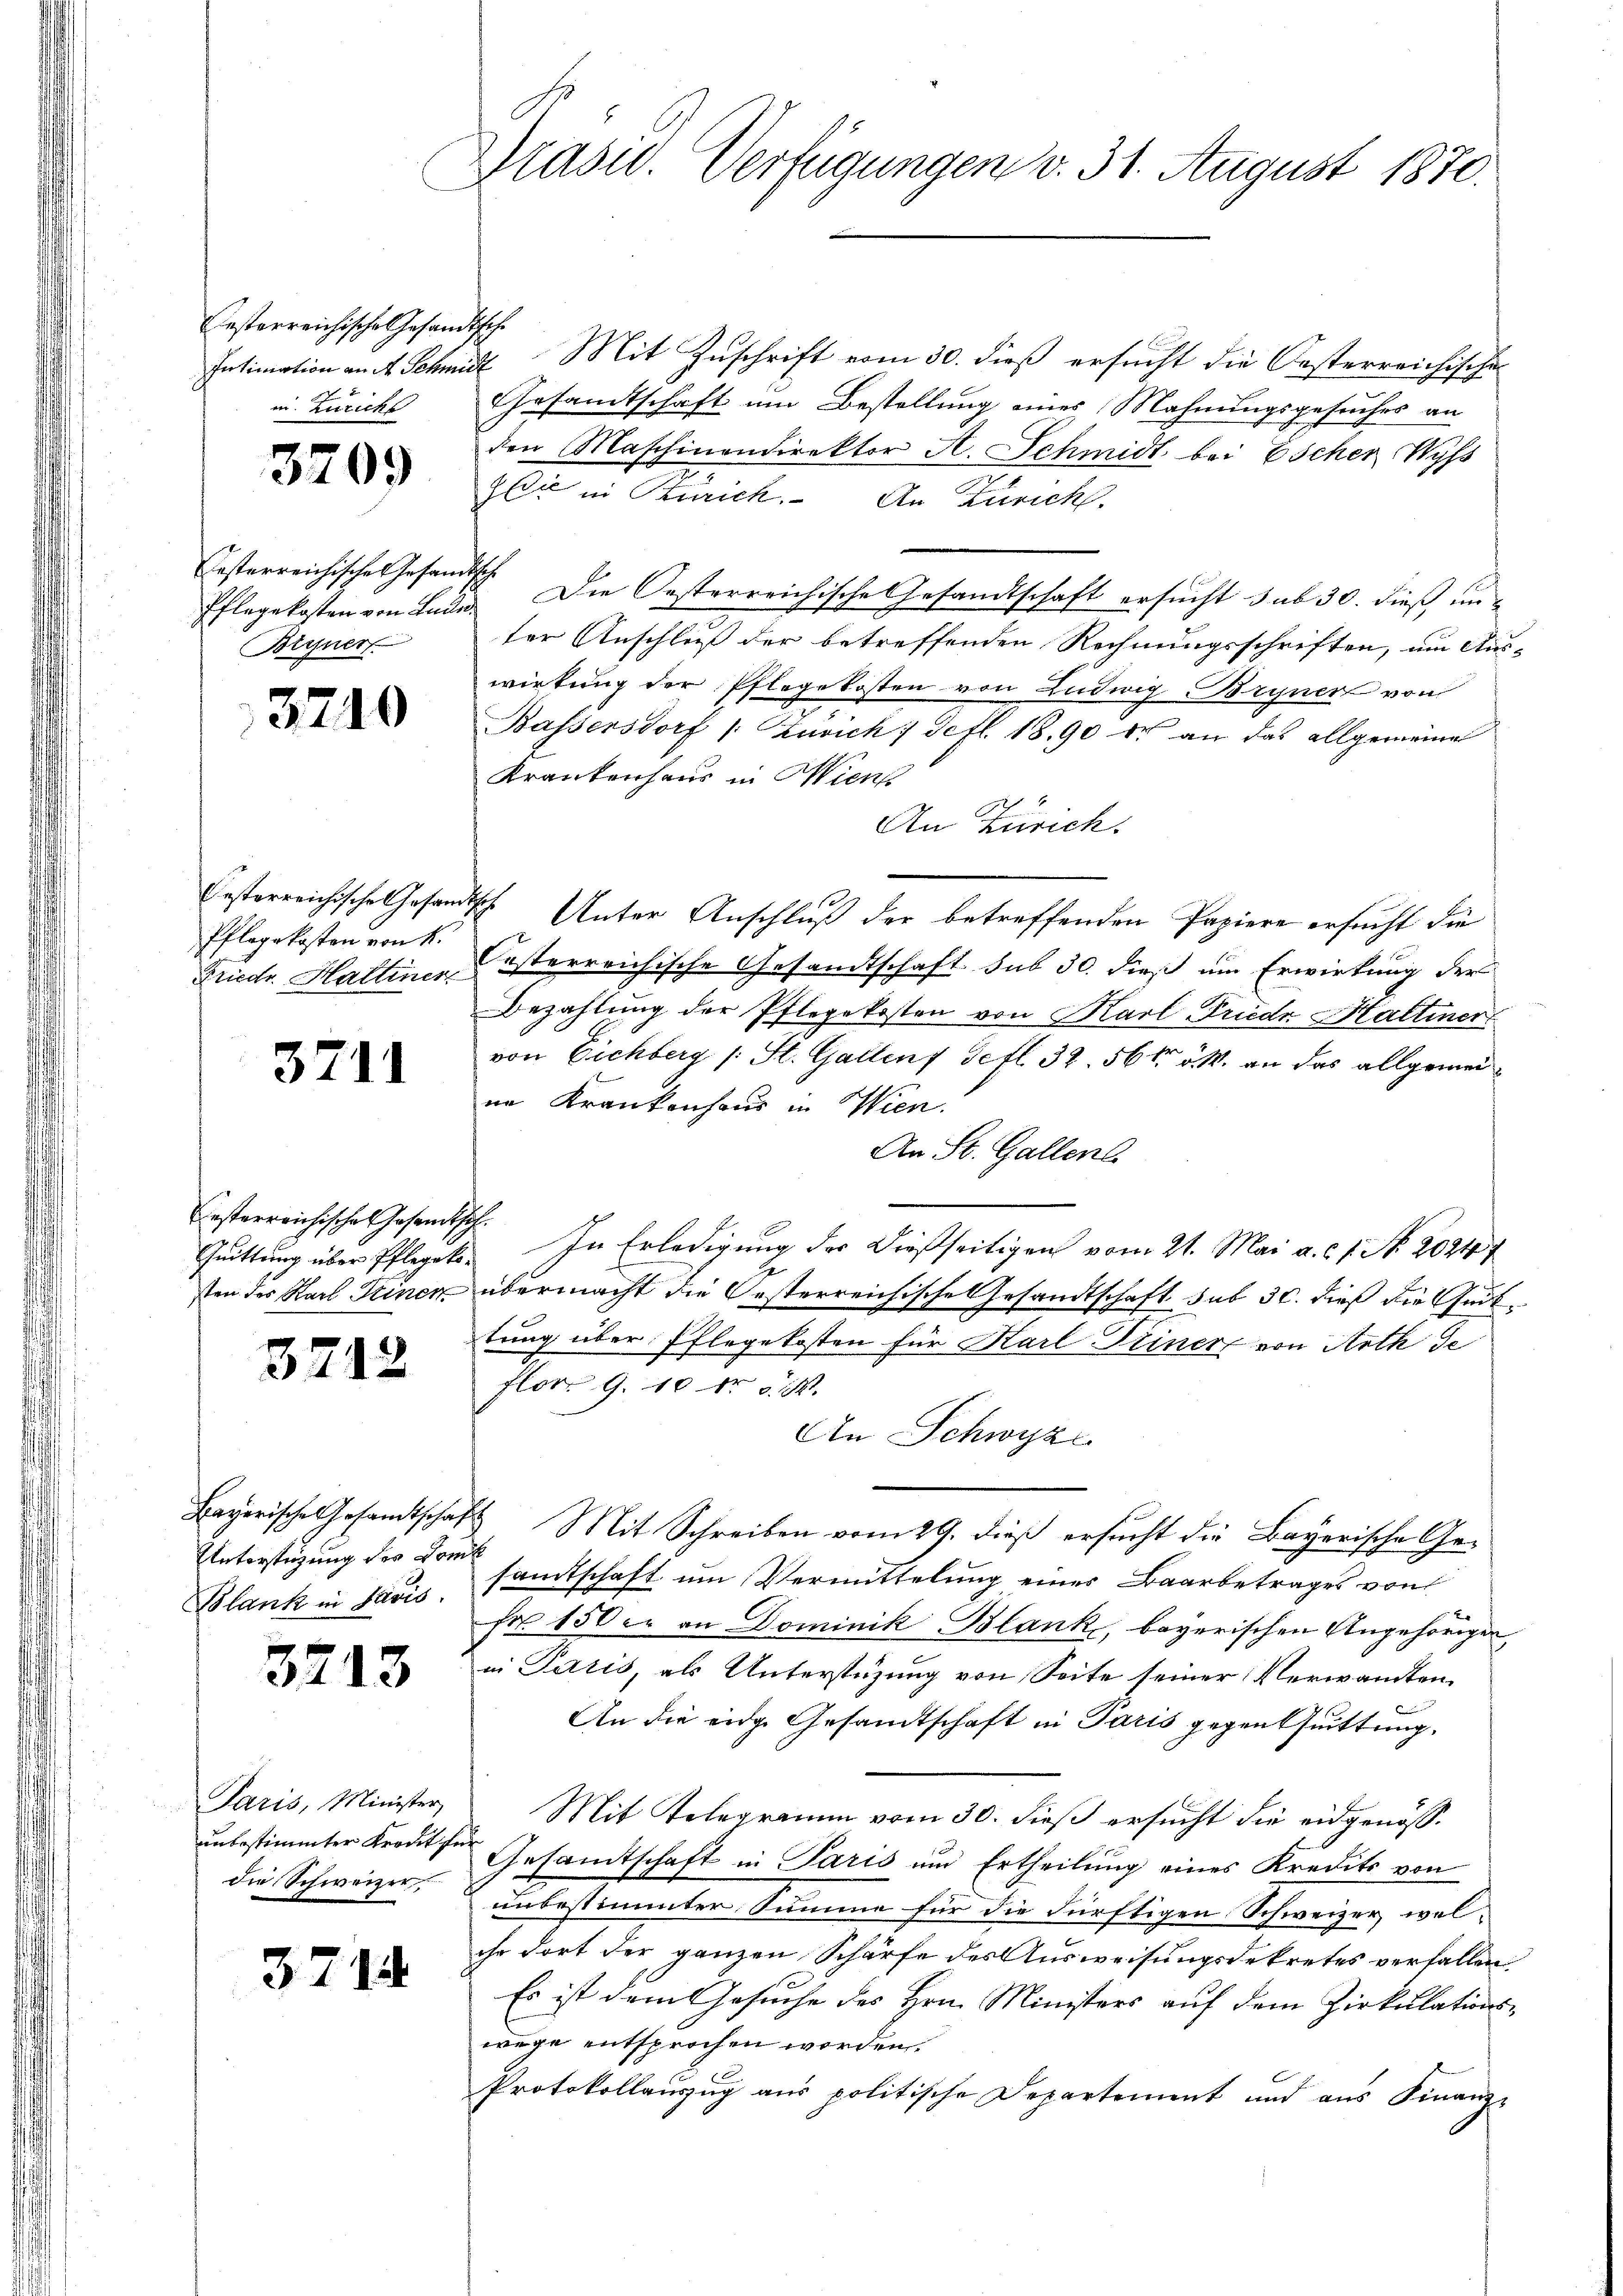
esterreichische Gesandtsche
m. Zürichs

3209

Festerreichische Gefan¬
Pflegekosten von Lan¬
Bryner

3740

besterreichische Gesam¬
Pflegekosten von K.

32

.

Casterreichische Gesandtschsten des Karl Seiner

3712

Bayerische Gesamtscha
Unterstüzung der von
Blank in Paris.

3213

Paris, Minister,
unbestimmter Kredit f
die Schweizer

3714

Präsid. Verfügungen v. 31. August 1870.

Intimation an Schmidt Mit Zuschrift vom 30. dieß ersucht die Oesterreichischen
Gesandtschaft um Bestellung eines Mahnungsgesuches an
den Maschinendirektor A. Schmidt bei Escher Wyß
Cie in Kurich. An Zürich.
das. Die Oesterreichische Gesandtschaft ersucht sub 30. dieß unter Anschluß der betreffenden Rechnungsschriften, um Aus-
wirkung der Pflegekosten von Ludwig Bryner von
Bassersdorf /: Zürich: Sefl. 1890 der an das allgemeine
Krankenhaus in Wien
An Zürich.
d Unter Anschluß der betreffenden Papiere ersucht die
Friedr. Hattiner österreichische Gesandtschaft sub 30. dieß um Erwirkung der
Bezahlung der Pflegekosten von Karl Friedr Haltener
von Eichberg (: St. Gallens defl. 32. 56t d. M. an das allgemeine Krankenhaus in Wien.
An St. Gallens
Quittung über Pfleget. In Erledigung der dießseitigen vom 21. Mai a. c. s. No. 20247
E
übermacht die Oesterreichische Gesandtschaft sub 30. dieß die Guttung über Pflegekosten für Karl Deiner von Arth de
flor 9. 10 Fr. 5. M.
An Schwyz
1 Mit Schreiben vom 29. dieß ersucht die Bayerische Geuft
samtschaft um Vermittelung eines Baarbetrages von
Fr. 150 er an Dominik Blank, bayerischen Angehörigen,
in Paris, als Unterstüzung von Seite seiner Verwandten
An die eine Gesandtschaft in Paris gegentuittung.
Mit Telegramm vom 30. dieß ersucht die eidgenös¬
Gesamtschaft in Paris und Ertheilung eines Kredits von
unbestimmter Summe für die dürftigen Schweizer welihr dort der ganzen Schärfe des Ausweisungsdekretes verfallen
Es ist dem Gesuche des Hrn. Ministers auf dem Zirkulationswege entsprochen worden.
Protokollauszug aus politische Departement und ans Finanz-